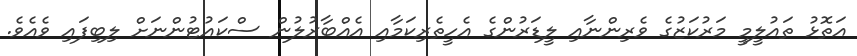
އަތޮޅު ތައުލީމީ މަރުކަޒުގެ ވެރިންނާއި ލީޑަރުންގެ އެހީތެރިކަމާއި އެއްބާރުލުން ސްކައުޓުންނަށް ލިބިފައި ވެއެވެ.